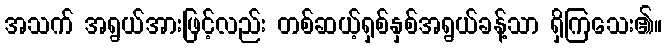
အသက် အရွယ်အားဖြင့်လည်း တစ်ဆယ့်ရှစ်နှစ်အရွယ်ခန့်သာ ရှိကြသေး၏။